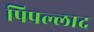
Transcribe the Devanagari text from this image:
पिपल्लाद